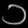
Digit: ၁